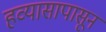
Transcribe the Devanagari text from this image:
हव्यासापासून